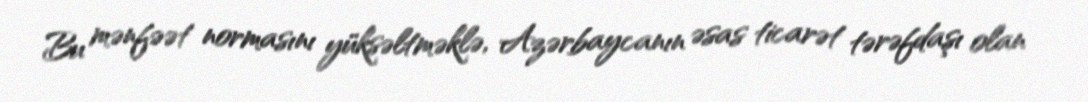
Bu mənfəət normasını yüksəltməklə, Azərbaycanın əsas ticarət tərəfdaşı olan